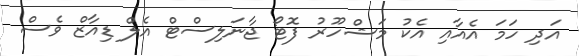
އަދި ހަމަ އެއާއި އެކު މަޝްހޫރު ފޮޓޯ ޖާނަލިސްޓް އެލް ޑިއާޒް ވެސް